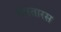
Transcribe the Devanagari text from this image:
तारतारस